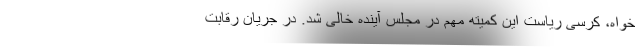
خواه، کرسی ریاست این کمیته مهم در مجلس آینده خالی شد. در جریان رقابت